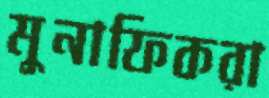
মুনাফিকরা